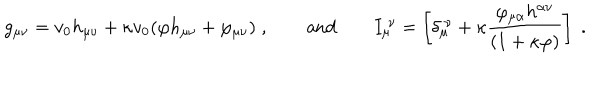
LaTeX: g _ { \mu \nu } = v _ { 0 } h _ { \mu \nu } + \kappa v _ { 0 } ( \varphi h _ { \mu \nu } + \varphi _ { \mu \nu } ) \; , \qquad \mathrm { a n d } \qquad I _ { \mu } ^ { \ \nu } = \left[ \delta _ { \mu } ^ { \ \nu } + \kappa \frac { \varphi _ { \mu \alpha } h ^ { \alpha \nu } } { ( 1 + \kappa \varphi ) } \right] \; .